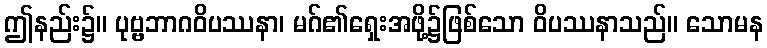
ဤနည်း၌။ ပုဗ္ဗဘာဂဝိပဿနာ၊ မဂ်၏ရှေးအဖို့၌ဖြစ်သော ဝိပဿနာသည်။ သောမန